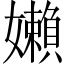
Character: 嬾